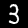
Digit: 3